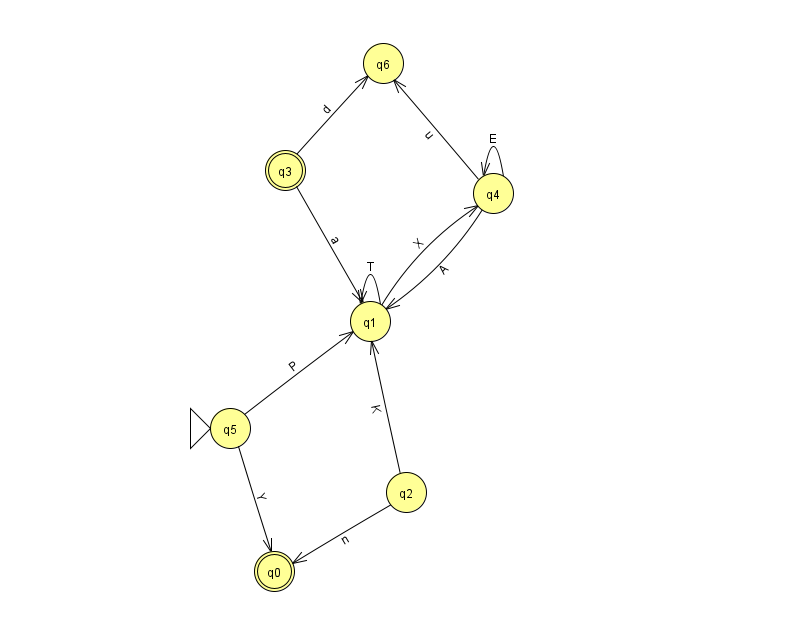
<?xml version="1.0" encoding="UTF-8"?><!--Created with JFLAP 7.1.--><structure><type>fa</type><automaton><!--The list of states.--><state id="0" name="q0"><x>274.0</x><y>558.0</y><final/></state><state id="1" name="q1"><x>370.0</x><y>308.0</y></state><state id="2" name="q2"><x>406.0</x><y>479.0</y></state><state id="3" name="q3"><x>285.0</x><y>157.0</y><final/></state><state id="4" name="q4"><x>493.0</x><y>180.0</y></state><state id="5" name="q5"><x>230.0</x><y>415.0</y><initial/></state><state id="6" name="q6"><x>383.0</x><y>50.0</y></state><!--The list of transitions.--><transition><from>4</from><to>6</to><read>u</read></transition><transition><from>2</from><to>1</to><read>K</read></transition><transition><from>3</from><to>1</to><read>a</read></transition><transition><from>5</from><to>1</to><read>P</read></transition><transition><from>1</from><to>1</to><read>T</read></transition><transition><from>3</from><to>6</to><read>d</read></transition><transition><from>4</from><to>4</to><read>E</read></transition><transition><from>5</from><to>0</to><read>Y</read></transition><transition><from>4</from><to>1</to><read>A</read></transition><transition><from>2</from><to>0</to><read>n</read></transition><transition><from>1</from><to>4</to><read>X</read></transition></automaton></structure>